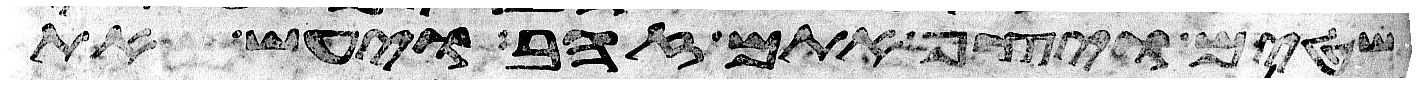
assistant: שטים ויצף אתם זהב ויעש את